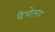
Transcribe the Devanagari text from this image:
बैचेलर